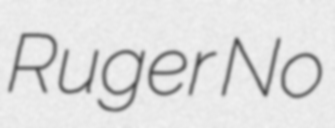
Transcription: Ruger No